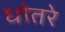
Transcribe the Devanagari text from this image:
धोतरे